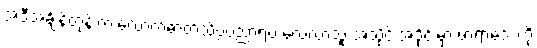
အဲဒီအချိန်တုန်းက လောကဓာတ်သိပ္ပံပညာရပ် လေ့လာသူ အသိုင်းအဝိုင်းမှာ ဖာရာဒေး ကို